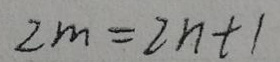
\[ 2m = 2n + 1 \]